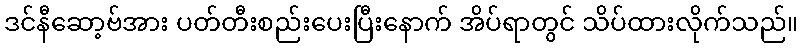
ဒင်နီဆော့ဗ်အား ပတ်တီးစည်းပေးပြီးနောက် အိပ်ရာတွင် သိပ်ထားလိုက်သည်။